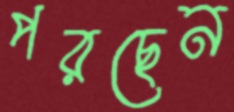
পরছেন